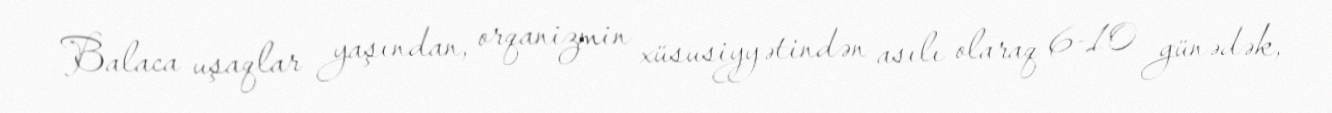
Balaca uşaqlar yaşından, orqanizmin xüsusiyyətindən asılı olaraq 6-10 günədək,